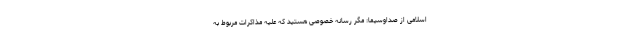
اسلامی از صداوسیما: مگر رسانه خصوصی هستید که علیه مذاکرات مربوط به